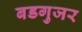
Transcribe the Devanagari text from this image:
बडगुजर